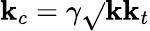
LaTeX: \mathbf{k}_{c}=\gamma\sqrt{}{{\mathbf{k}\mathbf{k}_{t}}}